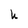
Character: h